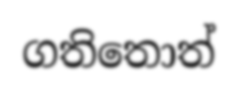
ගතිතොත්